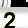
Digit: 2